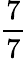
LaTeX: \frac{7}{7}